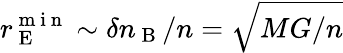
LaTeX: r_{\mathrm{~E~}}^{\mathrm{~m~i~n~}}\sim\delta n_{\mathrm{~B~}}/n=\sqrt{MG/n}